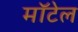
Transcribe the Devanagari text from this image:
मॉटेल